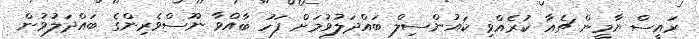
ރައީސް ޔާމީން ޗެއާ ކުރެއްވި ކައުންސިލް ބައްދަލުވުމަށް ފަހު ބާއްވާ ނޫސްވެރިންގެ ބައްދަލުވުން